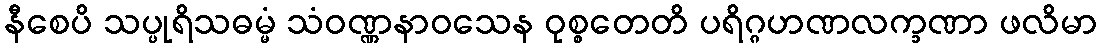
နီစေပိ သပ္ပုရိသဓမ္မံ သံဝဏ္ဏနာဝသေန ဝုစ္စတေတိ ပရိဂ္ဂဟဏလက္ခဏာ ဖလိမာ